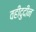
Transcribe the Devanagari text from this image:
वहीदुदीन